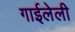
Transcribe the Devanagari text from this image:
गाईलेली